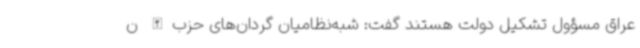
عراق مسؤول تشکیل دولت هستند گفت: شبه‌نظامیان گردان‌های حزب‌الله ن